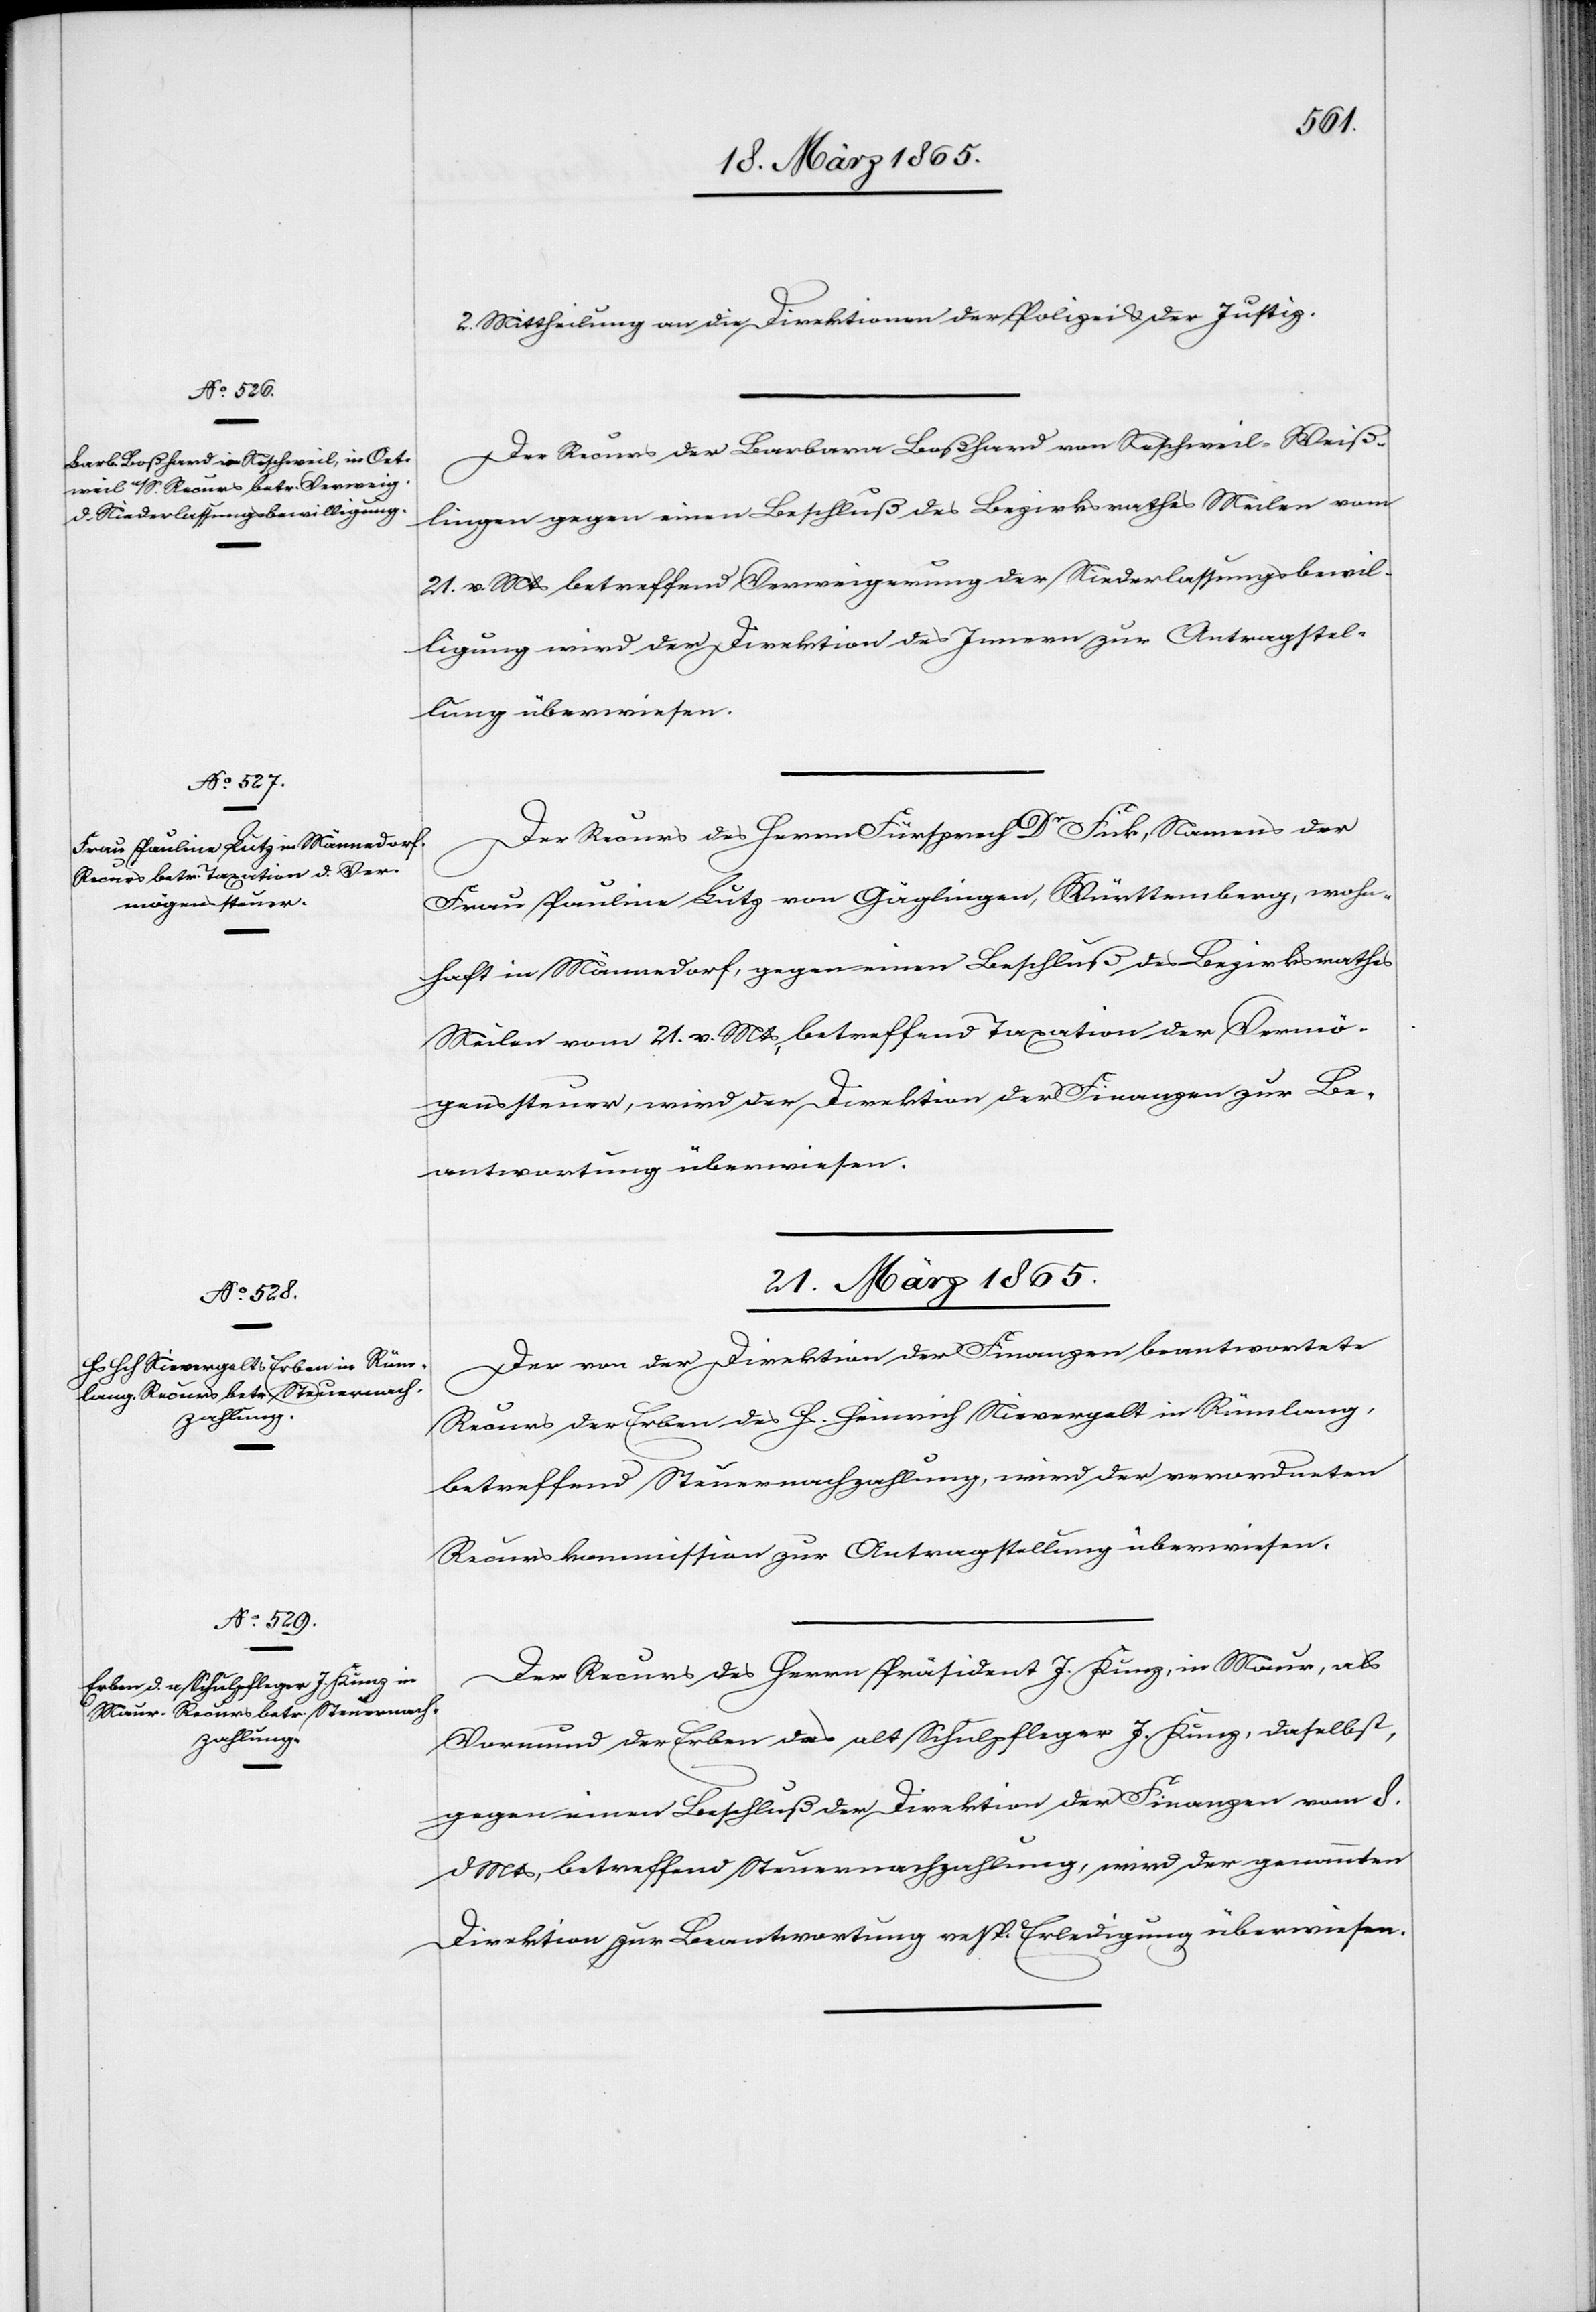
20. März 1865.]
2. Mittheilung an die Direktion der Polizei & der Justiz.
Der Recurs der Barbara Boßhard von Neschweil-Weiß¬
lingen gegen einen Beschluß des Bezirksrathes Meilen vom
21. v. Mts betreffend Verweigerung der Niederlassungsbewil¬
ligung wird der Direktion des Innern zur Antragstel¬
lung überwiesen.
Der Recurs des Herrn Fürsprech Dr Fick, Namens der
Frau Pauline Lutz von Gäglingen, Württemberg, wohn¬
haft in Männedorf, gegen einen Beschluß des Bezirksrathes
Meilen vom 21. v. Mts, betreffend Taxation der Vermö¬
genssteuer, wird der Direktion der Finanzen zur B¬
eantwortung überwiesen.
21. März 1865.]
Der von der Direktion der Finanzen beantwortete
Recurs der Erben des H. Heinrich Nievergelt in Rümlang,
betreffend Steuernachzahlung, wird der verordneten
Recurskommission zur Antragstellung überwiesen.
Der Recurs des Herrn Präsident J. Kunz, in Maur, als
Vormund der Erben des alt Schulpfleger J. Kunz, daselbst,
gegen einen Beschluß der Direktion der Finanzen vom 8.
d Mts, betreffend Steuernachzahlung, wird der genannten
Direktion zur Beantwortung resp. Erledigung überwiesen.